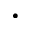
\cdot